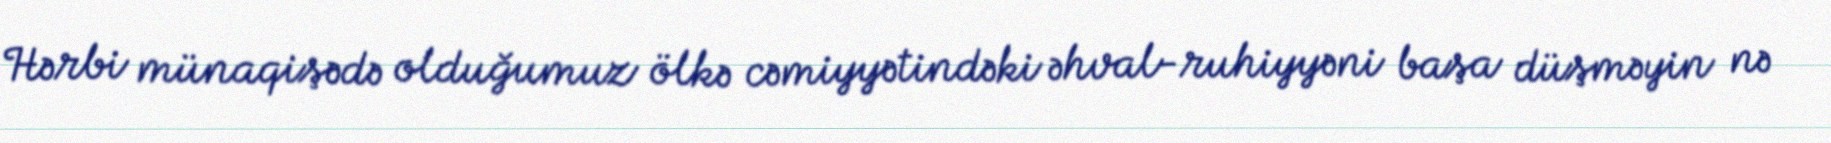
Hərbi münaqişədə olduğumuz ölkə cəmiyyətindəki əhval-ruhiyyəni başa düşməyin nə